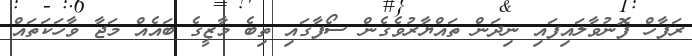
ރަފާހް ފޮނުވާލައިފައި ނިދަން ތައްޔާރުވެގެން ސޯފާގައި ތިބެ މާޒީގެ ބައެއް މަޖާ ވާހަކަތައް